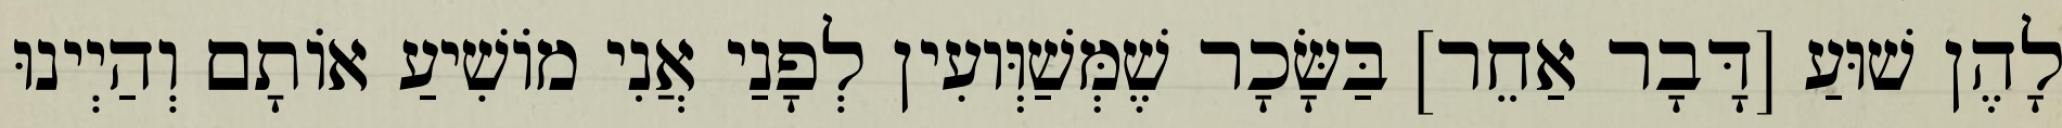
לָהֶן שׁוּעַ [דָּבָר אַחֵר] בַּשָּׂכָר שֶׁמְּשַׁוְּועִין לְפָנַי אֲנִי מוֹשִׁיעַ אוֹתָם וְהַיְינוּ